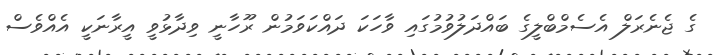
ގެ ޖެނެރަލް އެސެމްބްލީގެ ބައްދަލުވުމުގައި ވާހަކަ ދައްކަވަމުން ރޫހާނީ ވިދާޅުވީ އީރާނަކީ އެއްވެސް